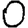
Digit: 0